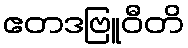
ဧတဒဗြူဝီတိ